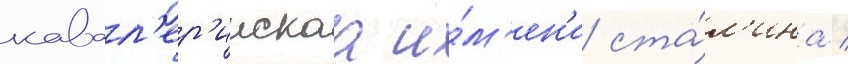
кавал'ер'иискаа и́м'ен'и ста́л'ина /